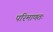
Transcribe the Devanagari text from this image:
परिमाणतः